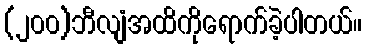
(၂၀၀)ဘီလျံအထိကိုရောက်ခဲ့ပါတယ်။